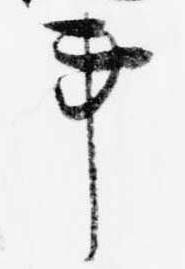
事